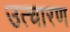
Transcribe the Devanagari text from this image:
उत्चारण